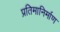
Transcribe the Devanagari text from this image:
प्रतिमानिर्माण